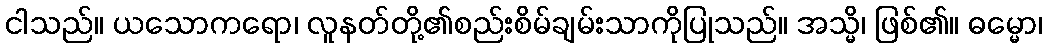
ငါသည်။ ယသောကရော၊ လူနတ်တို့၏စည်းစိမ်ချမ်းသာကိုပြုသည်။ အသ္မိ၊ ဖြစ်၏။ ဓမ္မော၊